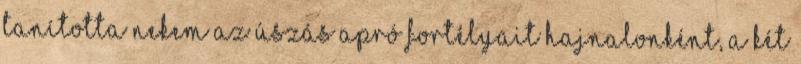
tanította nekem az úszás apró fortélyait hajnalonként, a két